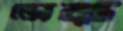
ভোক